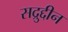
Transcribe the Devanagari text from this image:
सद्रुद्दीन